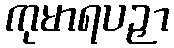
ကုမာရပဉှာ